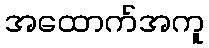
အထောက်အကူ